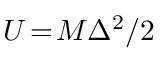
{ \cal U } \! = \! M \Delta ^ { 2 } / 2